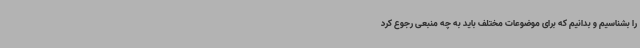
را بشناسیم و بدانیم که برای موضوعات مختلف باید به چه منبعی رجوع کرد